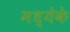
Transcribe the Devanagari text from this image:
मध्येके